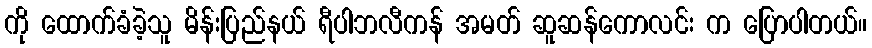
ကို ထောက်ခံခဲ့သူ မိန်းပြည်နယ် ရီပါဘလီကန် အမတ် ဆူဆန်ကောလင်း က ပြောပါတယ်။